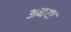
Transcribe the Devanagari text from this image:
अनया